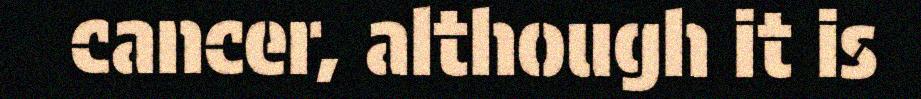
cancer, although it is